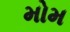
મોમ